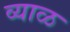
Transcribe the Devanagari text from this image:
व्याळ